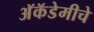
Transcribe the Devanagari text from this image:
अॅकॅडेमीचे